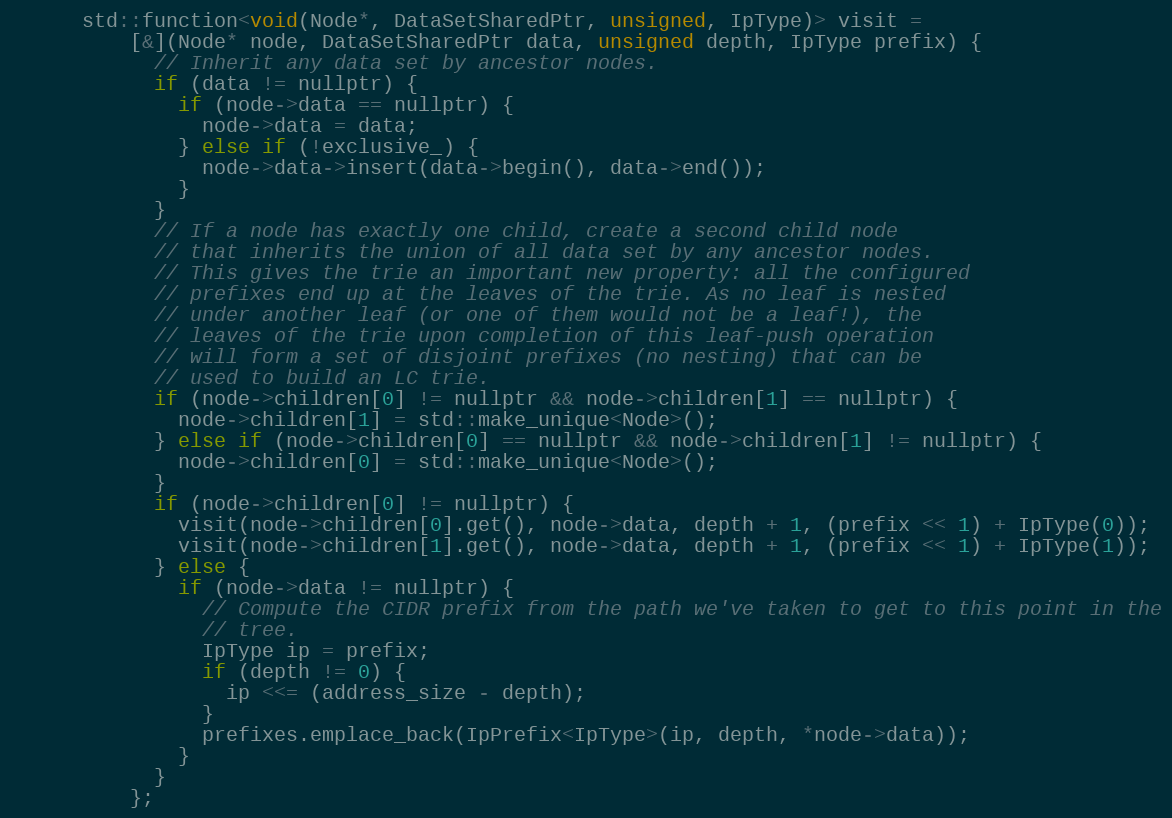
Language: C
      std::function<void(Node*, DataSetSharedPtr, unsigned, IpType)> visit =
          [&](Node* node, DataSetSharedPtr data, unsigned depth, IpType prefix) {
            // Inherit any data set by ancestor nodes.
            if (data != nullptr) {
              if (node->data == nullptr) {
                node->data = data;
              } else if (!exclusive_) {
                node->data->insert(data->begin(), data->end());
              }
            }
            // If a node has exactly one child, create a second child node
            // that inherits the union of all data set by any ancestor nodes.
            // This gives the trie an important new property: all the configured
            // prefixes end up at the leaves of the trie. As no leaf is nested
            // under another leaf (or one of them would not be a leaf!), the
            // leaves of the trie upon completion of this leaf-push operation
            // will form a set of disjoint prefixes (no nesting) that can be
            // used to build an LC trie.
            if (node->children[0] != nullptr && node->children[1] == nullptr) {
              node->children[1] = std::make_unique<Node>();
            } else if (node->children[0] == nullptr && node->children[1] != nullptr) {
              node->children[0] = std::make_unique<Node>();
            }
            if (node->children[0] != nullptr) {
              visit(node->children[0].get(), node->data, depth + 1, (prefix << 1) + IpType(0));
              visit(node->children[1].get(), node->data, depth + 1, (prefix << 1) + IpType(1));
            } else {
              if (node->data != nullptr) {
                // Compute the CIDR prefix from the path we've taken to get to this point in the
                // tree.
                IpType ip = prefix;
                if (depth != 0) {
                  ip <<= (address_size - depth);
                }
                prefixes.emplace_back(IpPrefix<IpType>(ip, depth, *node->data));
              }
            }
          };